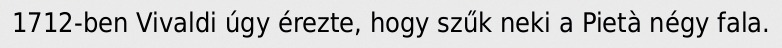
1712-ben Vivaldi úgy érezte, hogy szűk neki a Pietà négy fala.